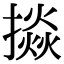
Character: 𢴵